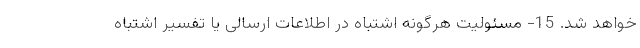
خواهد شد. 15- مسئولیت هرگونه اشتباه در اطلاعات ارسالی یا تفسیر اشتباه